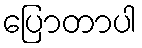
ပြောတာပါ